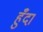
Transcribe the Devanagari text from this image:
हुँदा